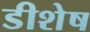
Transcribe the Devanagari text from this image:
डीशेष